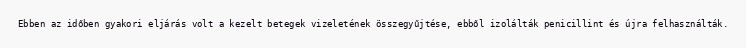
Ebben az időben gyakori eljárás volt a kezelt betegek vizeletének összegyűjtése, ebből izolálták penicillint és újra felhasználták.